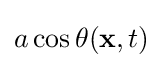
a\cos \theta (\mathbf {x} ,t)